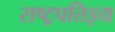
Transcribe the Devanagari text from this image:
राष्ट्रपतिज्ञ्य